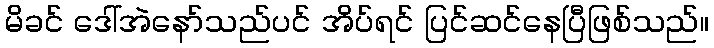
မိခင် ဒေါ်အဲနော်သည်ပင် အိပ်ရင် ပြင်ဆင်နေပြီဖြစ်သည်။